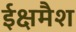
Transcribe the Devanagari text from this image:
ईक्षमैश